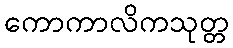
ကောကာလိကသုတ္တ